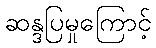
ဆန္ဒပြမှုကြောင့်